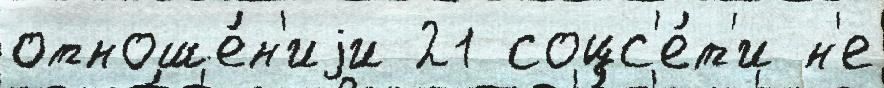
отноше́н'иjи 21 соцс'е́т'и н'е